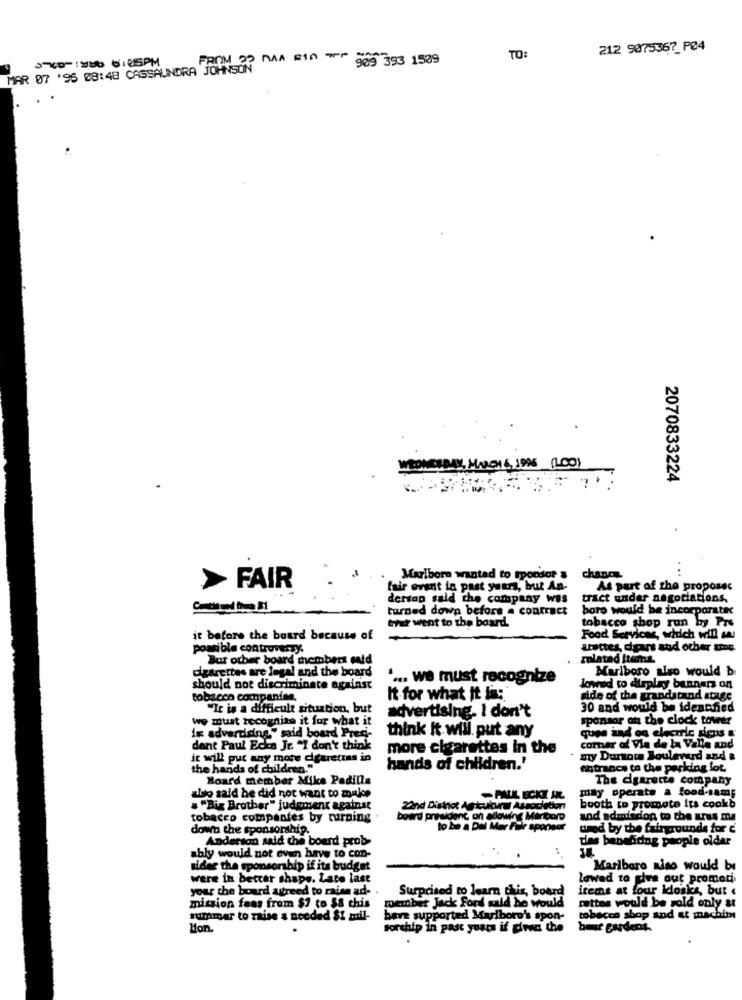
212 9075367_P04
MAR 07 '95 08:48 CASSAUNDRA JOHNSON 969 393 1509
TO:
DUDAY, MARCH &, 1996 (LOO)
2070833224
chance
FAIR
Marlboro wanted to tpoodor
fair event in past ywars, but An-
As part of the proposec
dertop said the company was
tract under negotiations,
turned down before a contract
boro would be incorporatec
byer went to the board
tobacco shop run by Pre
it before the board because of
Food Services, which will sa
possible controverzy.
usttes, digart and other trop.
But other board members said
related items.
cigarettes are legal and the board
Marlboro also would b
.... we must recognize
should not discriminate against
lowed to display banners on
tobacco companion.
It for what it is:
dide of the grandstand stage
"It is a difficult situation, but
30 and would be identified
we must recognise it for what it
advertising. I don't
sponsor on the clock tower
think it will put any
is advertising," said board Press
ques and on clecrrle ricus &
dent Paul Ecta Je "I don't think
more cigarettes in the
comer of Vla de la Valle and
it will put any more cigarettas in
my Durante Boulevard and &
the hands of children."
hands of children.'
entrance to the parking lot.
Board member Mike Padilla
The dgarette company
may operate a food-sam;
uso said he did not want to make
-PALIL ECKE AR
. "Big Brother" judgment against
Zand Distinct Apiculture Association
booth to promote its cooks
tobacco companies by turning
board president on allowing Marlboro
and admission to the urus ma
down the sponsorship.
to be a Dul Mer Für sponsor
urod by the fairgrounds for c
das benefiding people older
Anderson said the board prob-
ably would not even have to con-
sider the sponsorship if its budget
Marlboro niso would be
were in better shape. Late last
lowed to give out promoci
your the board agreed to rainn ad-
Surprised to learn this, board
items at four kiosks, but <
member Jack ford said he would
mission feas from $7 to $8 chis
faites would be sold only &
rummar to raise & needed $1 mil-
bare supported Marlboro's spon-
tobacco shop and st machine
Hon.
sorship in past years if ciruc the